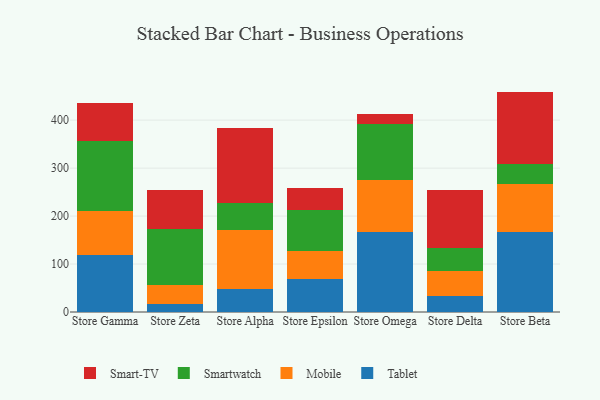
{"axis": {"x": "Store", "y": "Market Share (%)"}, "legend": ["Mobile", "Smart-TV", "Smartwatch", "Tablet"], "data": [{"x": "Store Gamma", "y": 119.7, "type": "Tablet"}, {"x": "Store Gamma", "y": 90.1, "type": "Mobile"}, {"x": "Store Gamma", "y": 145.8, "type": "Smartwatch"}, {"x": "Store Gamma", "y": 80.3, "type": "Smart-TV"}, {"x": "Store Zeta", "y": 16.8, "type": "Tablet"}, {"x": "Store Zeta", "y": 39.8, "type": "Mobile"}, {"x": "Store Zeta", "y": 115.6, "type": "Smartwatch"}, {"x": "Store Zeta", "y": 83.2, "type": "Smart-TV"}, {"x": "Store Alpha", "y": 48.7, "type": "Tablet"}, {"x": "Store Alpha", "y": 122.0, "type": "Mobile"}, {"x": "Store Alpha", "y": 55.8, "type": "Smartwatch"}, {"x": "Store Alpha", "y": 157.4, "type": "Smart-TV"}, {"x": "Store Epsilon", "y": 67.8, "type": "Tablet"}, {"x": "Store Epsilon", "y": 60.4, "type": "Mobile"}, {"x": "Store Epsilon", "y": 84.6, "type": "Smartwatch"}, {"x": "Store Epsilon", "y": 46.5, "type": "Smart-TV"}, {"x": "Store Omega", "y": 167.6, "type": "Tablet"}, {"x": "Store Omega", "y": 106.8, "type": "Mobile"}, {"x": "Store Omega", "y": 117.2, "type": "Smartwatch"}, {"x": "Store Omega", "y": 21.6, "type": "Smart-TV"}, {"x": "Store Delta", "y": 33.0, "type": "Tablet"}, {"x": "Store Delta", "y": 52.3, "type": "Mobile"}, {"x": "Store Delta", "y": 47.1, "type": "Smartwatch"}, {"x": "Store Delta", "y": 121.0, "type": "Smart-TV"}, {"x": "Store Beta", "y": 165.8, "type": "Tablet"}, {"x": "Store Beta", "y": 100.9, "type": "Mobile"}, {"x": "Store Beta", "y": 41.9, "type": "Smartwatch"}, {"x": "Store Beta", "y": 150.9, "type": "Smart-TV"}]}